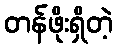
တန်ဖိုးရှိတဲ့